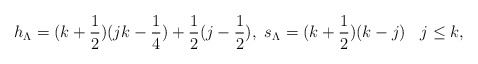
\begin{align*}h_{\Lambda}=(k+ \frac{1}{2})( jk- \frac{1}{4} )+ \frac{1}{2}(j- \frac{1}{2}), \,\,s_{\Lambda}=(k+ \frac{1}{2})(k-j)\;\,\,\;j \leq k,\end{align*}